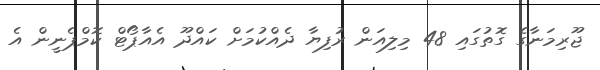
ޖޫރިމަނާގެ ގޮތުގައި 48 މިލިއަން ރުފިޔާ ދެއްކުމަށް ކައްދޫ އެއާޕޯޓް ކޮމްޕެނީން އެ